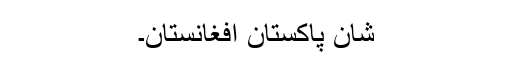
شان پاکستان افغانستان۔